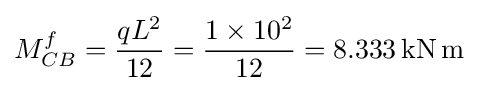
M_{CB}^{f}={\frac {qL^{2}}{12}}={\frac {1\times 10^{2}}{12}}=8.333\mathrm {\,kN\,m}